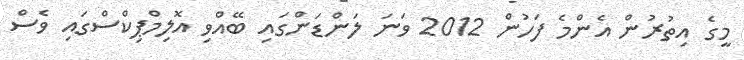
މީގެ އިތުރުން އެންމެ ފަހުން 2012 ވަނަ ލަންޑަންގައި ބޭއްވި އޮލިމްޕިކްސްގައި ވެސް